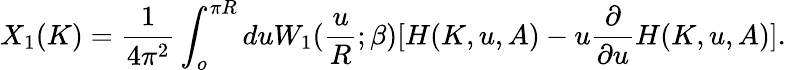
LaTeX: X_{1}(K)=\frac{1}{4\pi^{2}}\int_{o}^{\pi R}duW_{1}(\frac{u}{R};\beta)[H(K,u,A)-u\frac{\partial}{\partial u}H(K,u,A)].